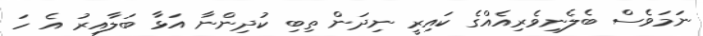
ނަމަވެސް ބެލެނިވެރިއެއްގެ ކައިރީ ނިދަން ތިބި ކުދިންނާ އަޅާ ބަލާއިރު އެ ހަ